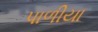
પાળીયા